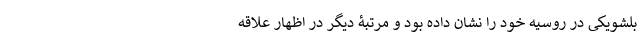
بلشویکی در روسیه خود را نشان داده بود و مرتبۀ دیگر در اظهار علاقه